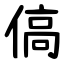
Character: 傐